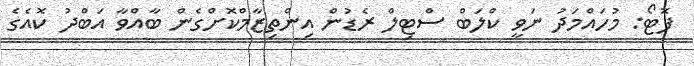
ފޮޓޯ: މުުހައްމަދު ނަވީ ކްލަބް ސްޓިލް ރެޑުން އިންތިޒާމްކޮށްގެން ބާއްވާ އަބްދު ކޮއެގެ